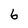
Character: 6